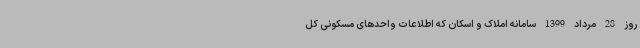
روز 28 مرداد 1399 سامانه املاک و اسکان که اطلاعات واحدهای مسکونی کل